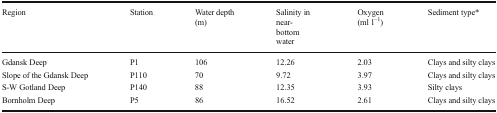
<table><thead><tr><td><b>Region</b></td><td><b>Station</b></td><td><b>Water depth (m)</b></td><td><b>Salinity in near-bottom water</b></td><td><b>Oxygen (ml l<sup>−1</sup>)</b></td><td><b>Sediment type*</b></td></tr></thead><tbody><tr><td>Gdansk Deep</td><td>P1</td><td>106</td><td>12.26</td><td>2.03</td><td>Clays and silty clays</td></tr><tr><td>Slope of the Gdansk Deep</td><td>P110</td><td>70</td><td>9.72</td><td>3.97</td><td>Clays and silty clays</td></tr><tr><td>S-W Gotland Deep</td><td>P140</td><td>88</td><td>12.35</td><td>3.93</td><td>Silty clays</td></tr><tr><td>Bornholm Deep</td><td>P5</td><td>86</td><td>16.52</td><td>2.61</td><td>Clays and silty clays</td></tr></tbody></table>